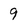
Character: 9